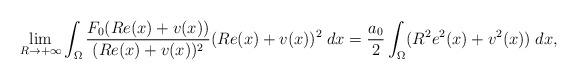
LaTeX: \begin{align*} \lim_{R \to +\infty}\int_{\Omega}\dfrac{F_0(Re(x)+v(x))}{(Re(x)+v(x))^2} (Re(x)+v(x))^2\;dx = \dfrac{a_0}{2}\int_{\Omega}(R^2e^2(x)+v^2(x))\;dx, \end{align*}